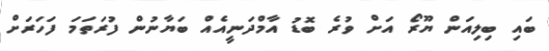
ބައި ބިލިއަން ޔޫރޯ އަށް ވުރެ ބޮޑު އާމްދަނީއެއް ބަޔާނުން ފުރަތަމަ ފަހަރަށް